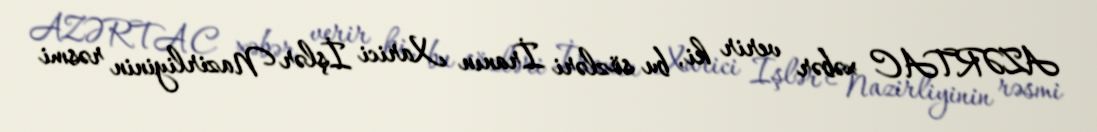
AZƏRTAC xəbər verir ki, bu sözləri İranın Xarici İşlər Nazirliyinin rəsmi